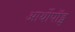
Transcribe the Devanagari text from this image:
आर्थोपॉड्स